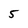
Character: 5